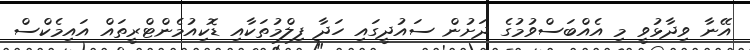
އޭނާ ވިދާޅުވީ މި އެއްބަސްވުމުގެ ދަށުން ސައުދީގައި ހަދާ ފިލްމުތަކާއި ޑޮކިއުމެންޓްރީތައް އައިމެކްސް